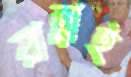
রান্নাই